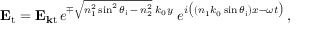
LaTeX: \mathbf { E } _ { \mathrm { t } } = \mathbf { E } _ { \mathbf { k } { \mathrm { t } } \, } e ^ { \mp { \sqrt { n _ { 1 } ^ { 2 } \sin ^ { 2 } \theta _ { \mathrm { i } } \, - \, n _ { 2 } ^ { 2 } } } \; k _ { 0 } y } \; e ^ { i { \big ( } ( n _ { 1 } k _ { 0 } \sin \theta _ { \mathrm { i } } ) x - \omega t { \big ) } } \, ,